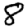
Digit: 8